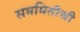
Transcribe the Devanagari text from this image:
सममितीची